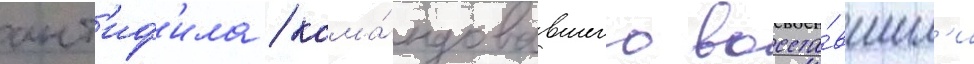
ант'иф'ила / кома́ндовавшего восста́вшим'и